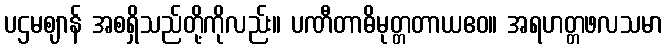
ပဌမဈာန် အစရှိသည်တို့ကိုလည်း။ ပဏီတာဓိမုတ္တတာယဧဝ။ အရဟတ္တဖလသမာ